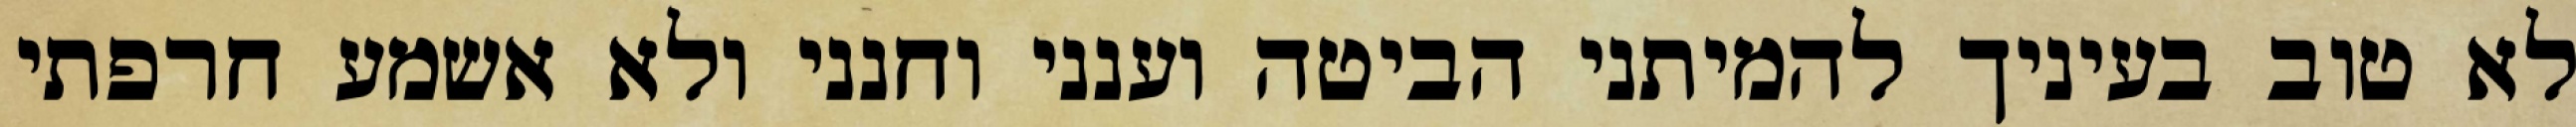
לא טוב בעיניך להמיתני הביטה וענני וחנני ולא אשמע חרפתי